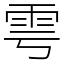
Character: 雩